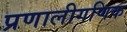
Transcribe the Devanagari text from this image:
प्रणालीगणिक